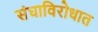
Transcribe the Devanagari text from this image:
संघाविरोधात